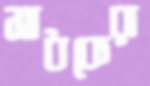
সাধকেরা